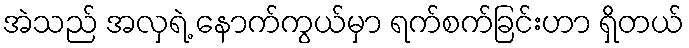
အဲသည် အလှရဲ့ နောက်ကွယ်မှာ ရက်စက်ခြင်းဟာ ရှိတယ်